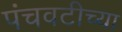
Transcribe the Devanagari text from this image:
पंचवटीच्या